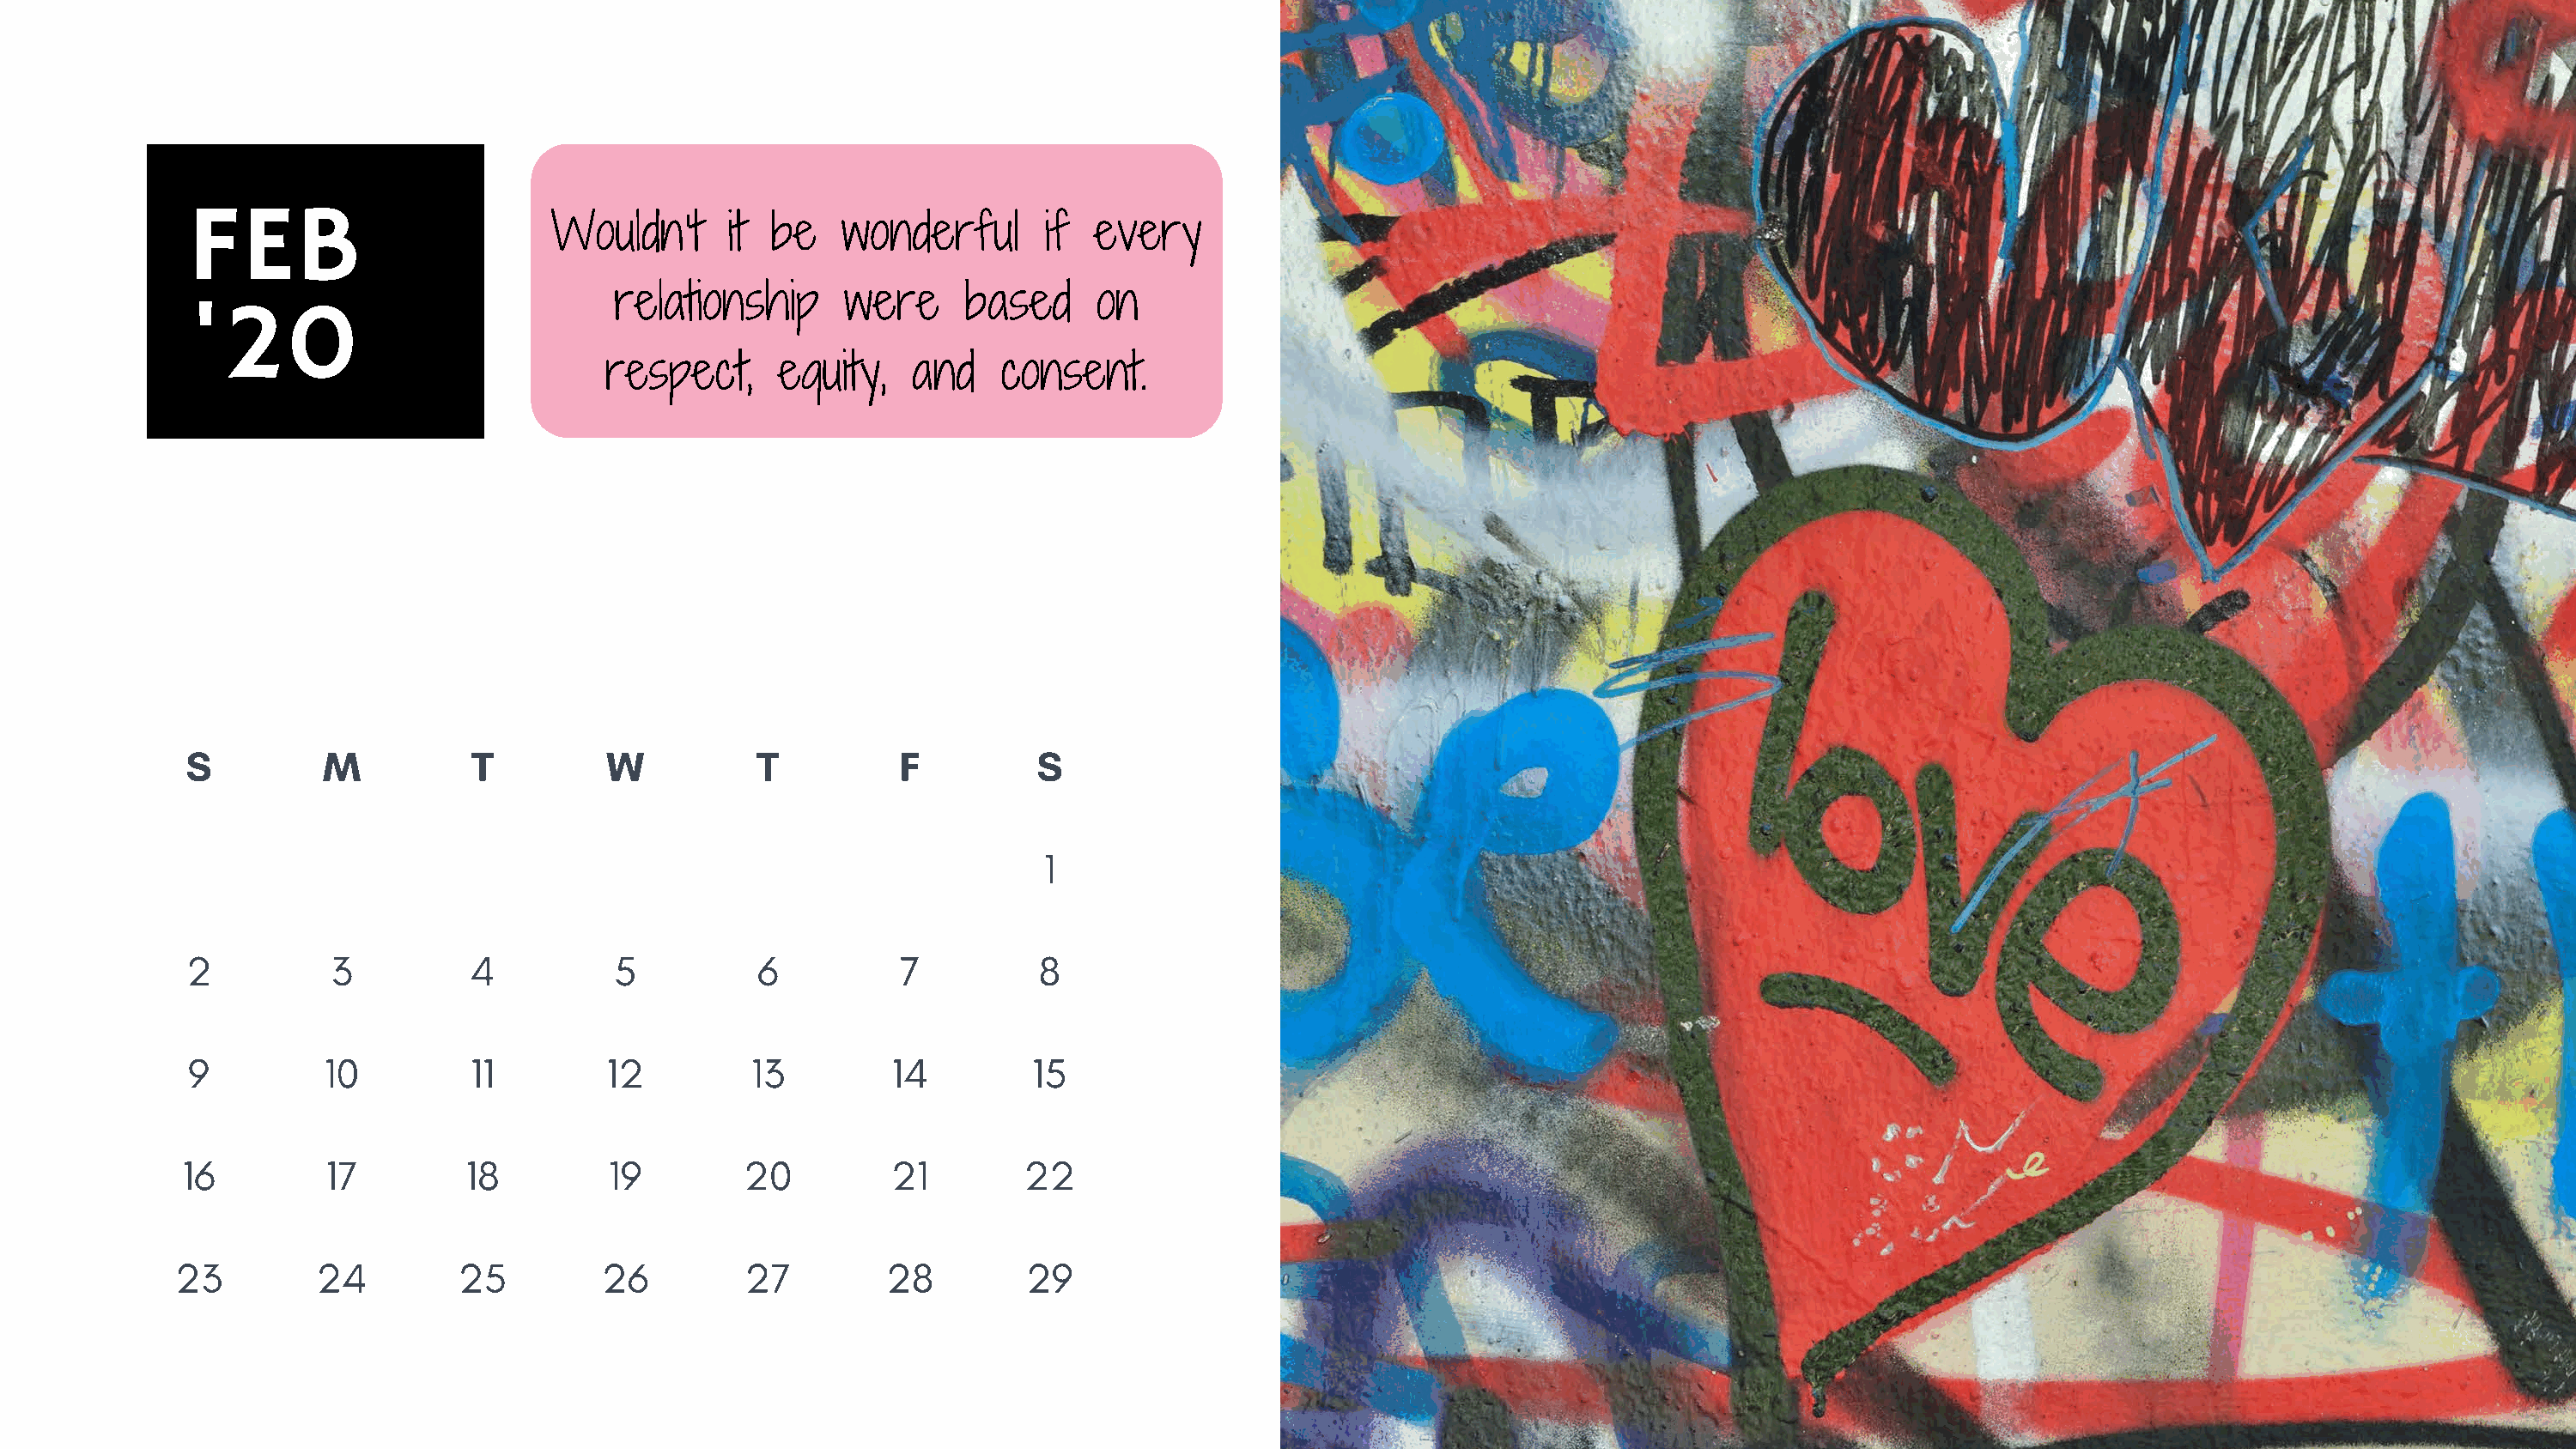
FEB
 Wouldn't      it be    wonderful       if every
 relationship      were     based      on
 '20
 respect,     equity,   and    consent.
 S          M          T          W          T          F          S
 1
 2           3         4          5          6          7          8
 9         10         11         12         13         14         15
 16         17         18         19        20          21        22
 23        24         25         26         27         28         29